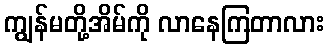
ကျွန်မတို့အိမ်ကို လာနေကြတာလား